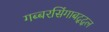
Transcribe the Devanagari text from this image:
गब्बरसिंगाबद्द्ल